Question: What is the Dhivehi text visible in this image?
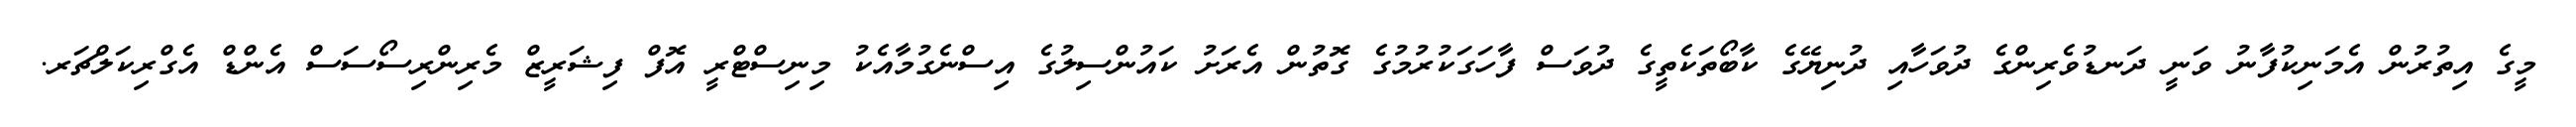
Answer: މީގެ އިތުރުން އެމަނިކުފާނު ވަނީ ދަނޑުވެރިންގެ ދުވަހާއި ދުނިޔޭގެ ކާބޯތަކެތީގެ ދުވަސް ފާހަގަކުރުމުގެ ގޮތުން އެރަށު ކައުންސިލުގެ އިސްނެގުމާއެކު މިނިސްޓްރީ އޮފް ފިޝަރީޒް މެރިންރިސޯސަސް އެންޑް އެގްރިކަލްޗަރ.